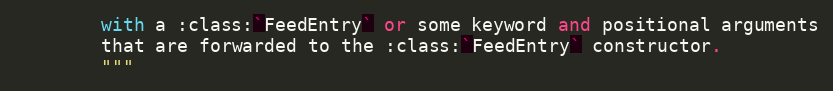
Language: Python
        with a :class:`FeedEntry` or some keyword and positional arguments
        that are forwarded to the :class:`FeedEntry` constructor.
        """